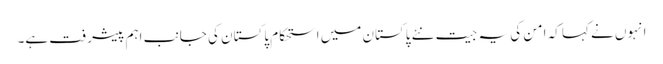
انہوں نے کہا کہ امن کی یہ جیت نئے پاکستان میں استحکام پاکستان کی جانب اہم پیشرفت ہے۔